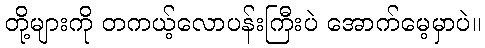
တို့များကို တကယ့်လောပန်းကြီးပဲ အောက်မေ့မှာပဲ။